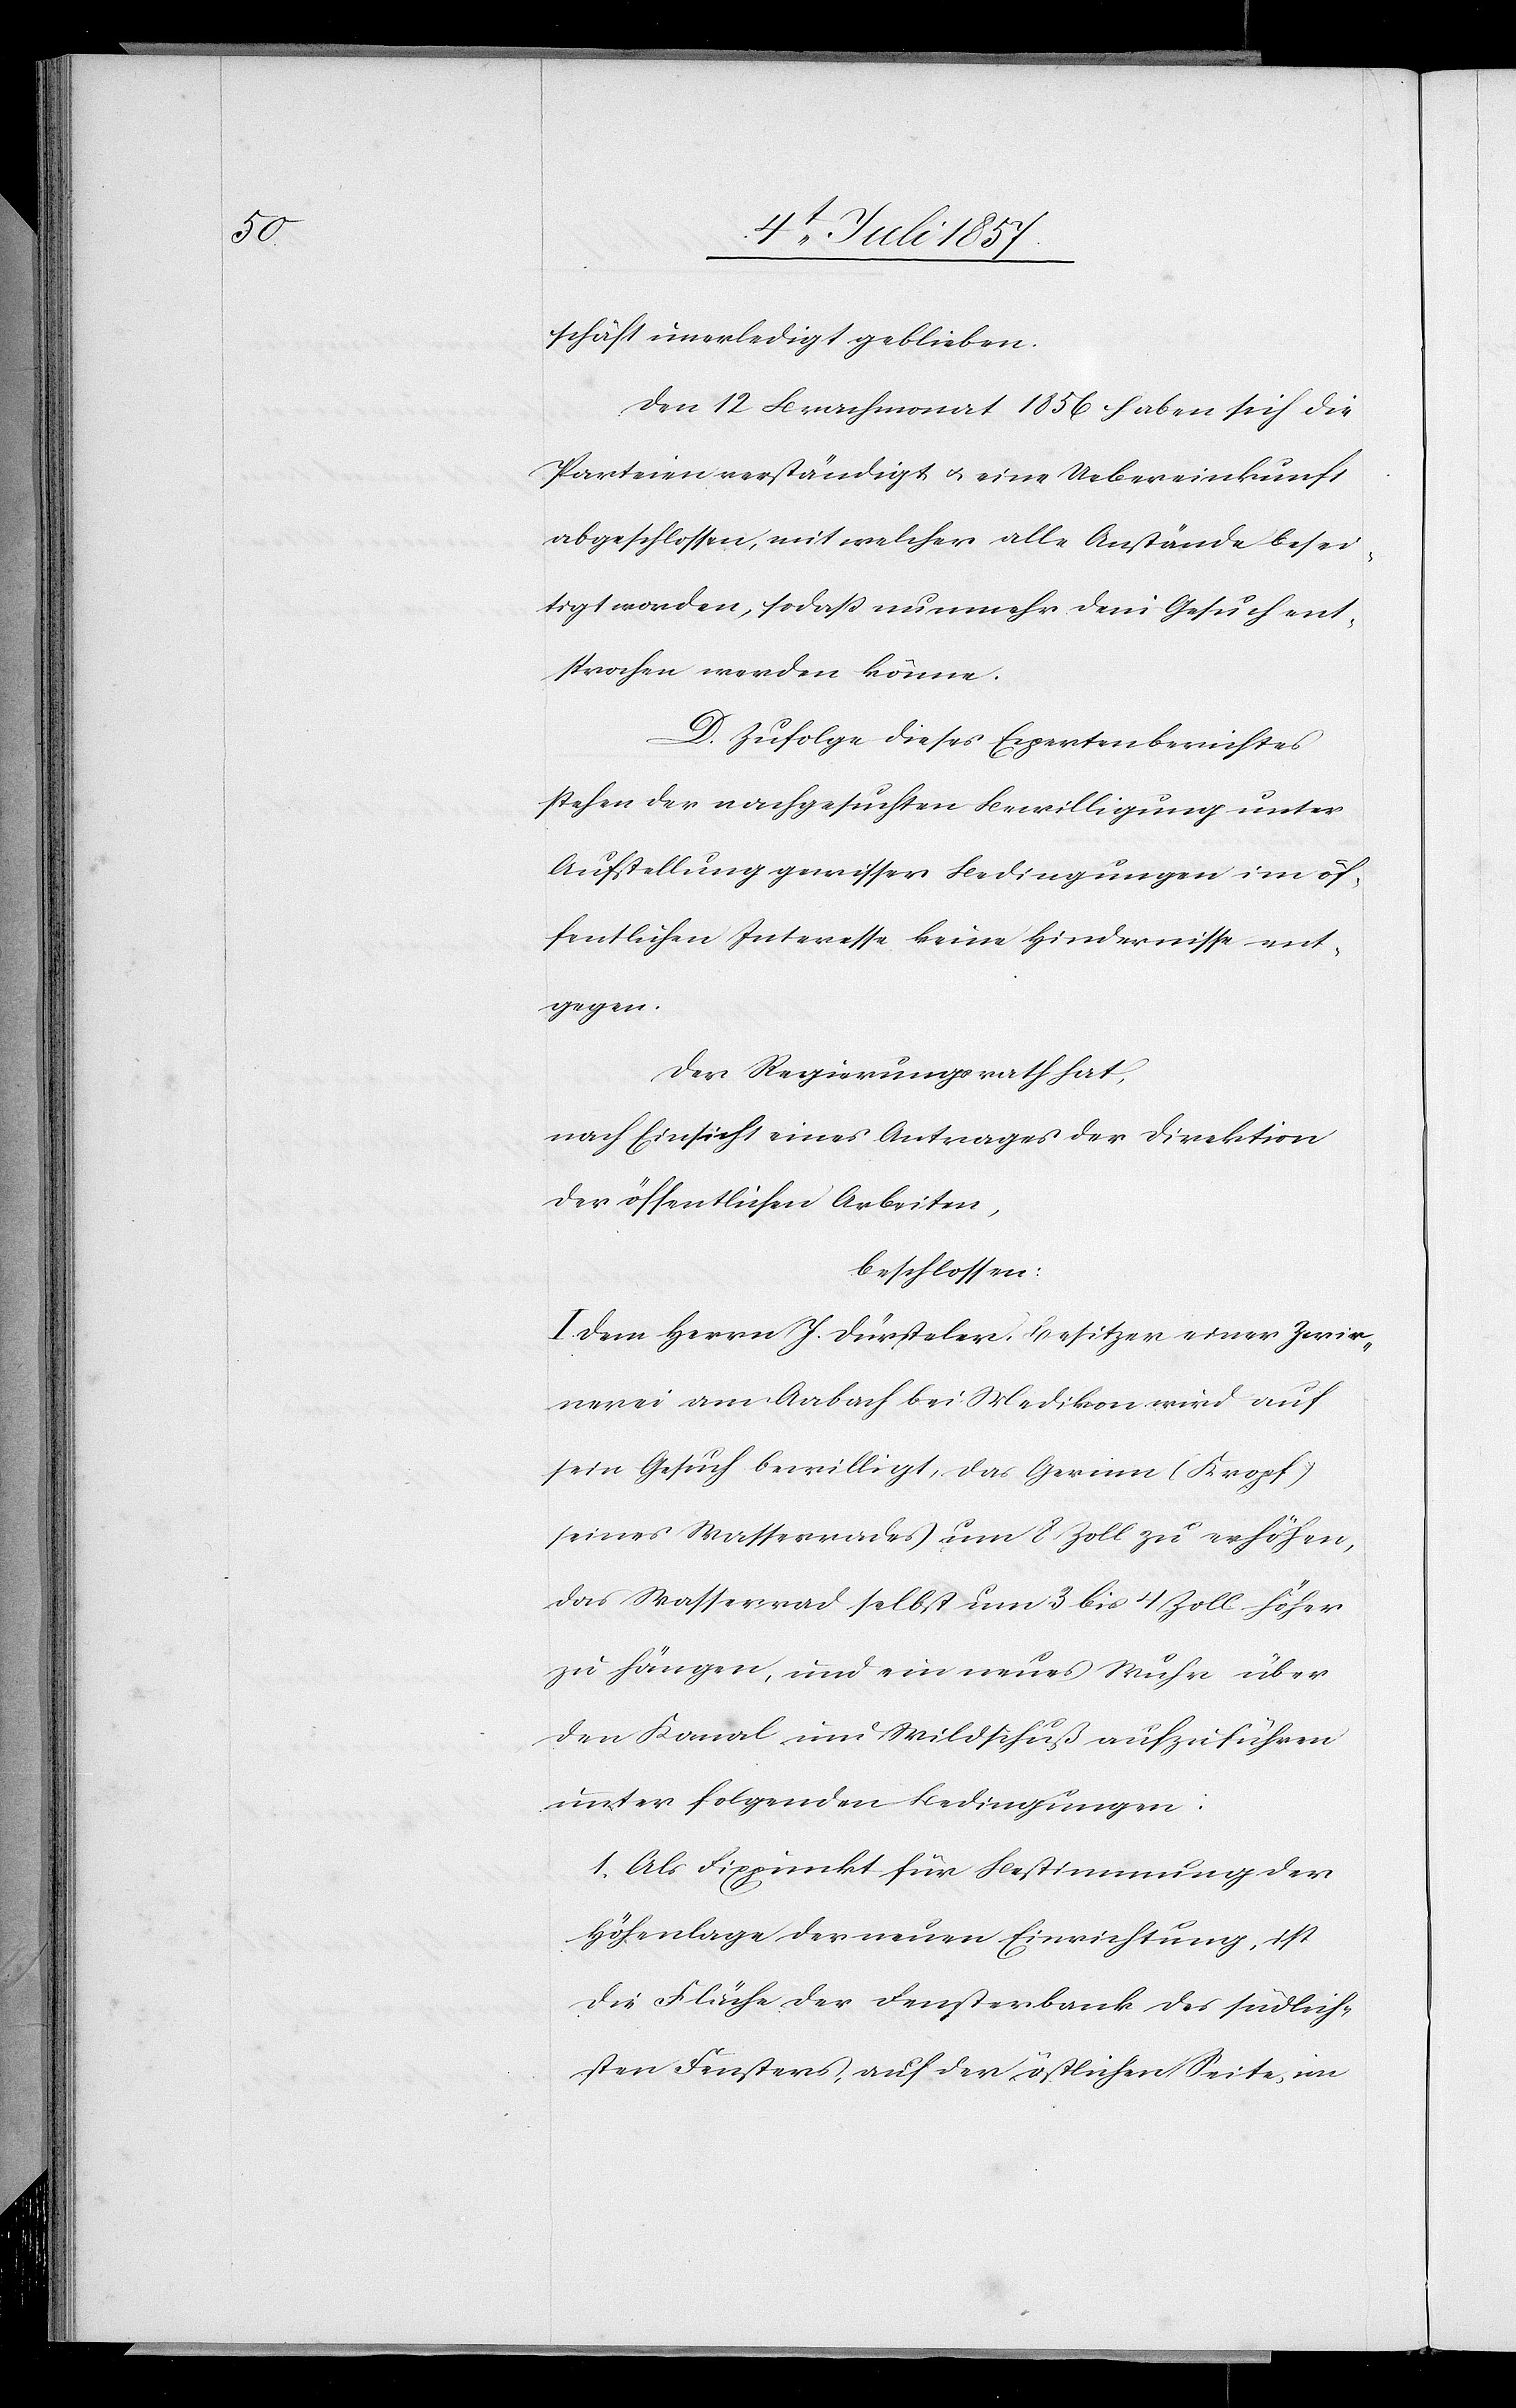
schäft unerledigt geblieben.
Den 12 Brachmonat 1856 haben sich die
Parteien verständigt & eine Uebereinkunft
abgeschlossen, mit welcher alle Anstände besei¬
tigt worden, so daß nunmehr dem Gesuch ent¬
sprochen werden könne.
D. Zufolge dieses Expertenberichtes
stehen der nachgesuchten Bewilligung unter
Anstellung gewisser Bedingungen im öf¬
fentlichen Interesse keine Hindernisse ent¬
gegen.
Der Regierungsrath hat,
nach Einsicht eines Antrages der Direktion
der öffentlichen Arbeiten,
beschlossen:
I. Dem Herrn J. Dürsteler, Besitzer einer Zwir¬
nerei am Aabach bei Medikon wird auf
sein Gesuch bewilligt, das Gerinn (Kropf)
seines Wasserrades um 8 Zoll zu erhöhen,
das Wasserrad selbst um 3 bis 4 Zoll höher
zu hängen, und ein neues Wuhr über
den Kanal und Wildschuß aufzuführen
unter folgenden Bedingungen:
1. Als Fixpunkt für Bestimmung der
Höhenlage der neuen Einrichtung, ist
die Fläche der Fensterbank des südlich¬
sten Fensters, auf der östlichen Seite, im